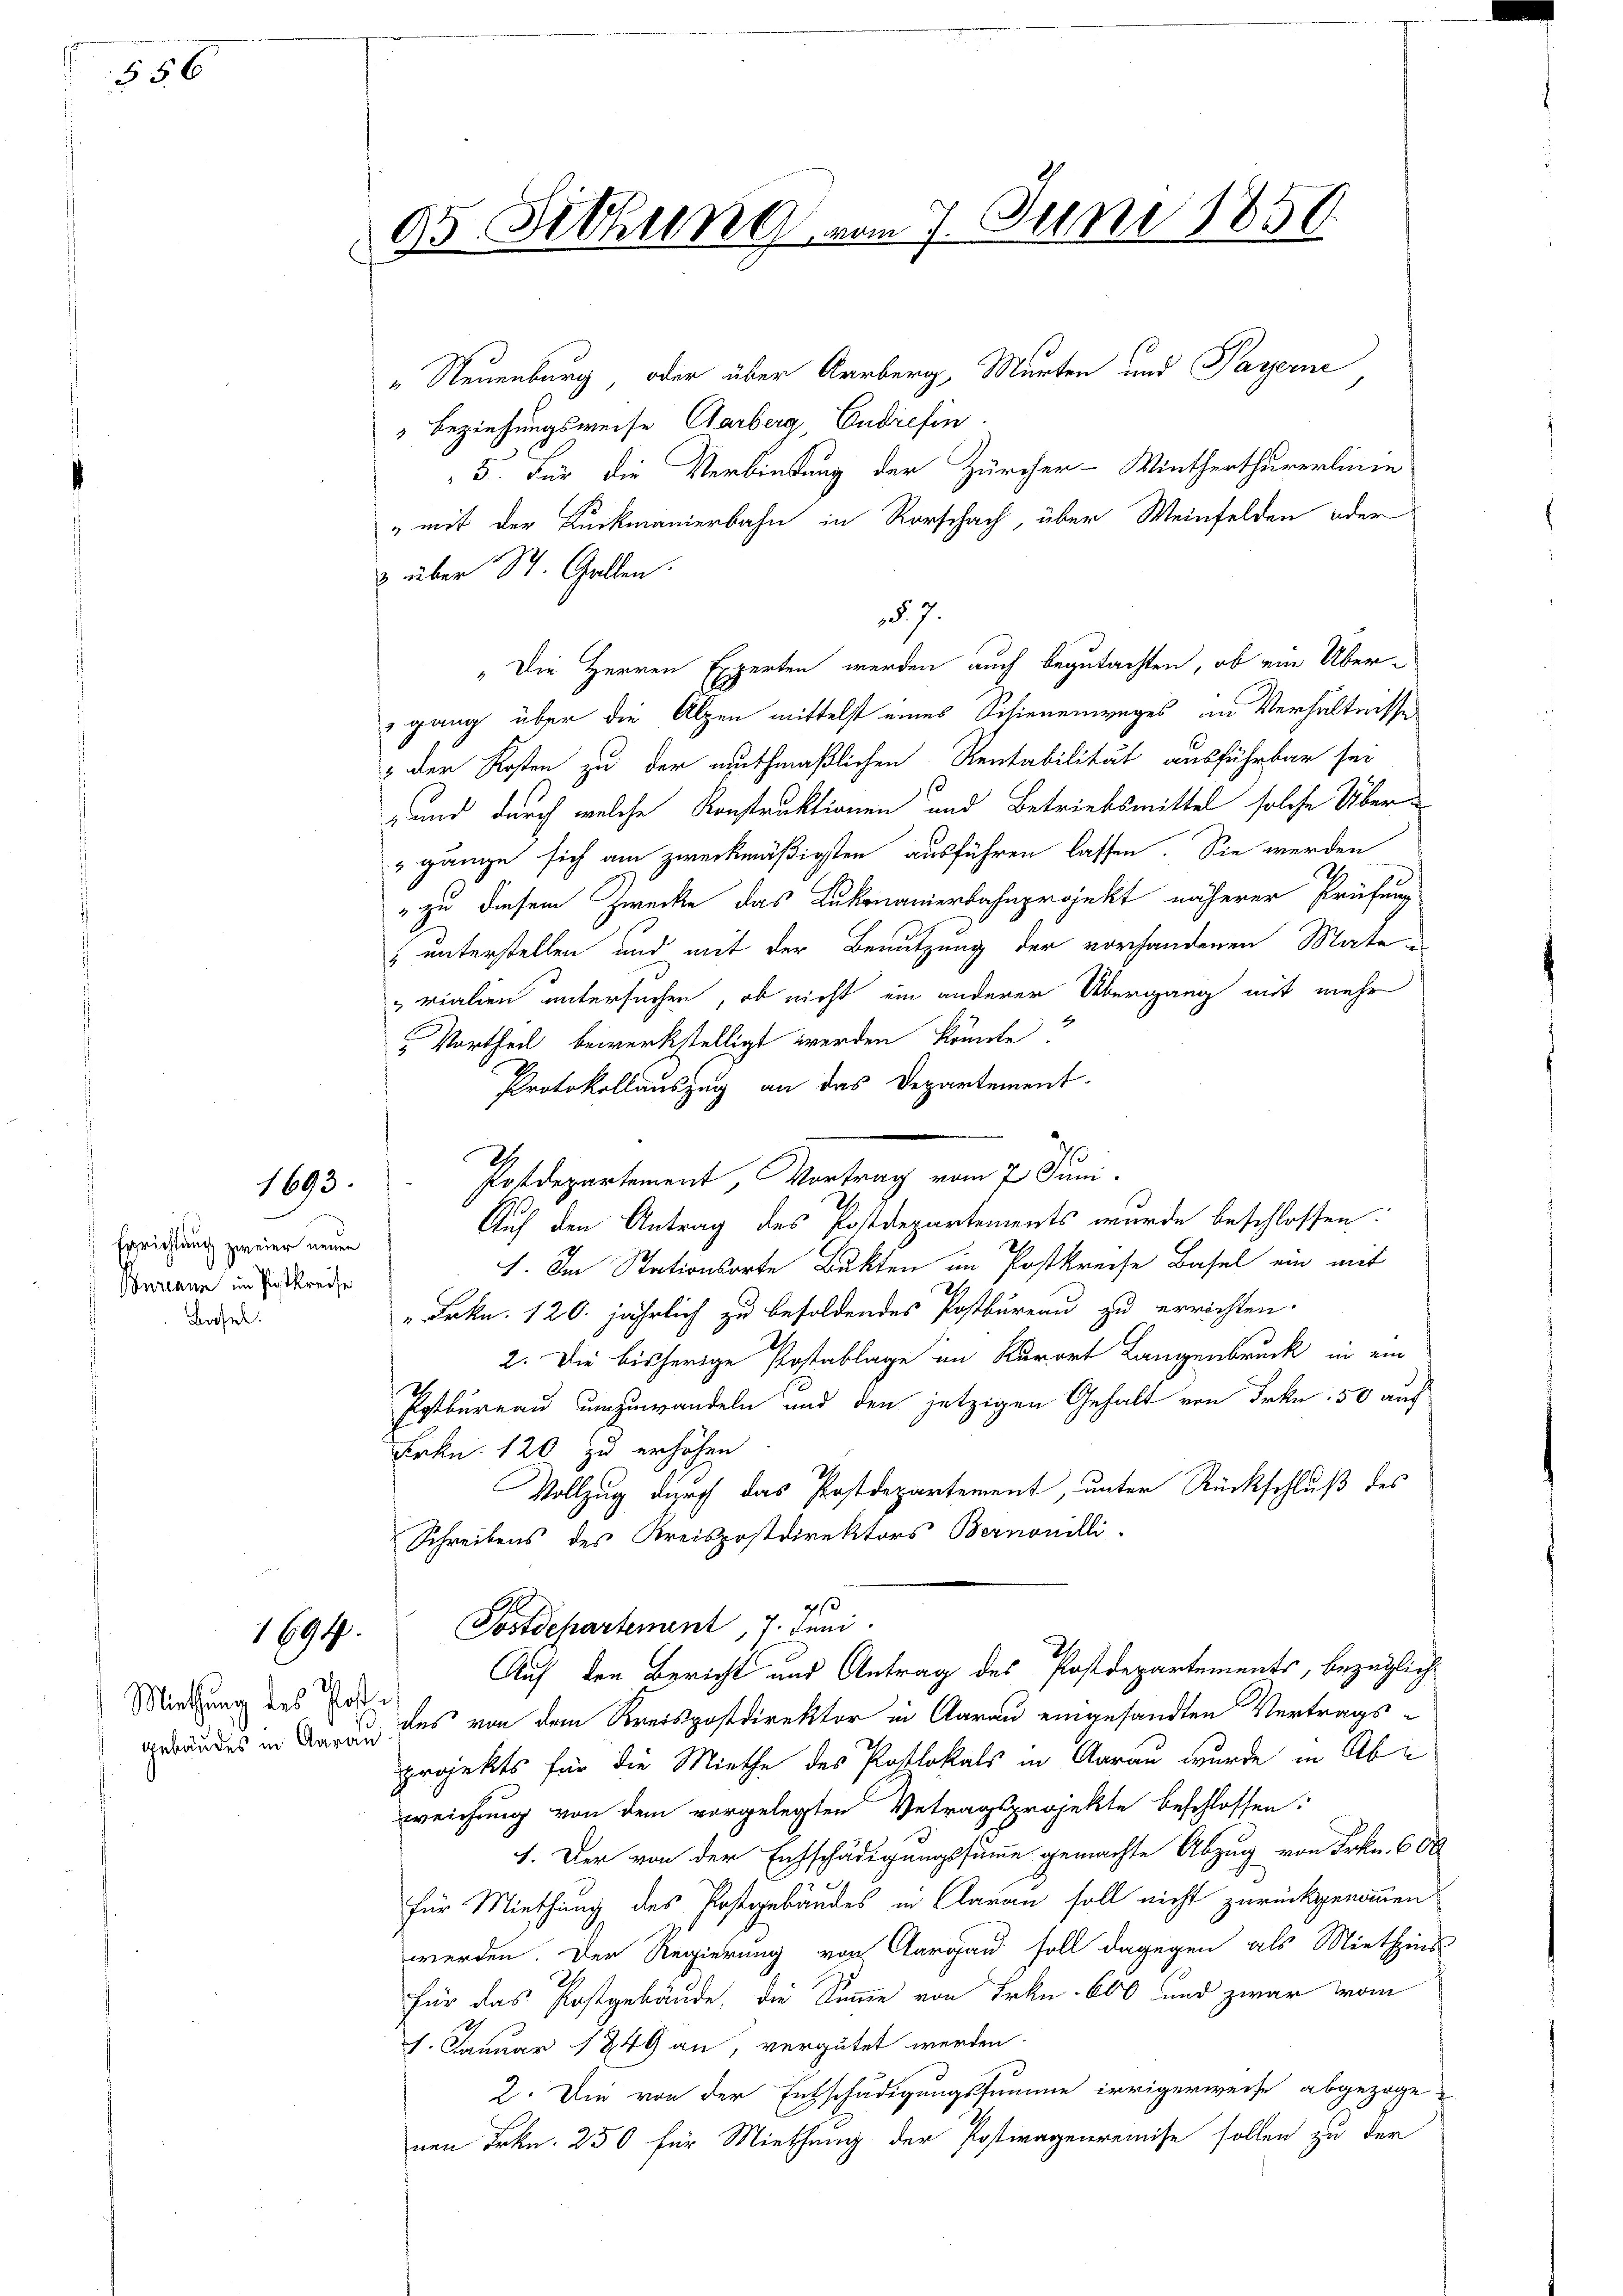
556

1693.

Errichtung zweier neuen
Bureann im Postkreise
Basel.

1699.

Miethung des Post¬

95 Sitzung vom 7. Juni 1850.

„Neuenburg, oder über Aarberg, Murten und Payerne
" Beziehungsweise Garberg, Endiefin
5. Für die Verbindung der Zürcher-Winterthurerlinie
" mit der Ruckmanierbahn in Rorschach, über Weinfelden oder
3 über St. Gallen.
§. 7.
"Die Herren Experten werden auch begutachten, ob ein Übergang über die Alpen mittelst eines Schienenweges im Verhältnisse
& der Kosten zu der muthmaßlichen Rentabilität ausführbar sei
und durch welche Konstruktionen und Betriebsmittel solche Über¬
 gänze sich am zweckmäßigten ausführen lassen. Sie werden
" zu diesem Zwecke das Lukmanierbahnprojekt näherer Prüfung
" unterstellen und mit der Benutzung der vorhandenen Mate u
rialien untersuchen, ob nicht ein anderer Übergang mit mehr
 Vortheil bewerkstelligt werden könnte.
Protokollauszug an das Departement
Postdepartement, Vortrag vom 7. Juni.
Auf den Antrag des Postdepartements wurde beschlossen:
I. Im Stationsorte Bukten im Postkreise Basel ein mit
.
" Frkn. 120. jährlich zu besoldendes Postbureau zu errichten.
2. Die bisherige Postablage im Kurort Langenbruck in ein
Potbureau umzuwandeln und den jetzigen Gehalt von Frkn. 50 auf
Frkn. 120 zu erhöhen
Vollzug durch das Postdepartement, unter Rückschluß des
Schreibens des Kreispostdirektors Bernonilli
4
Postdepartement 7. Juni
Auf den Bericht und Antrag des Postdepartements, bezüglich
gebäudes in Aarau des von dem Kreispostdirektor in Aarau eingesandten Vertragsprojekts für die Miethe des Postlokals in Aarau wurde in Abe
weichung von dem vorgelegten Betragsprojekte beschlossen:
1. Der von der Entschädigungssumme gemachte Abzug von Frkn. 600
für Miethung des Postgebäudes in Aarau soll nicht zurückgenommen
werden. Der Regierung von Aargau soll dagegen als Miethzins
für das Postgebäude, die Summe von Frkn. 600 und zwar vom
1. Januar 1849 an, vergütet werden.
2. Die von der Entschädigungssumme irrigerweise abgezoge u
nen Frkn. 250 für Miethung der Postwagenremise sollen zu der